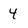
Character: 4